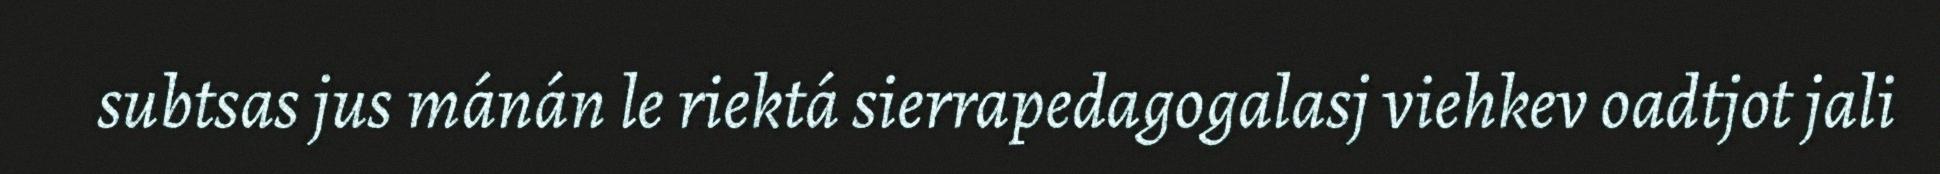
subtsas jus mánán le riektá sierrapedagogalasj viehkev oadtjot jali